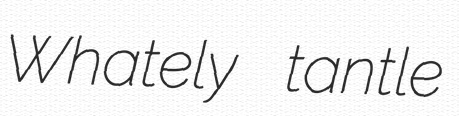
Whately tantle